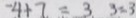
- 4 + 7 = 3 . 3 = 3